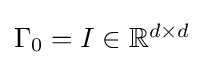
\textstyle \Gamma _{0}=I\in \mathbb {R} ^{d\times d}